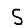
Digit: 5